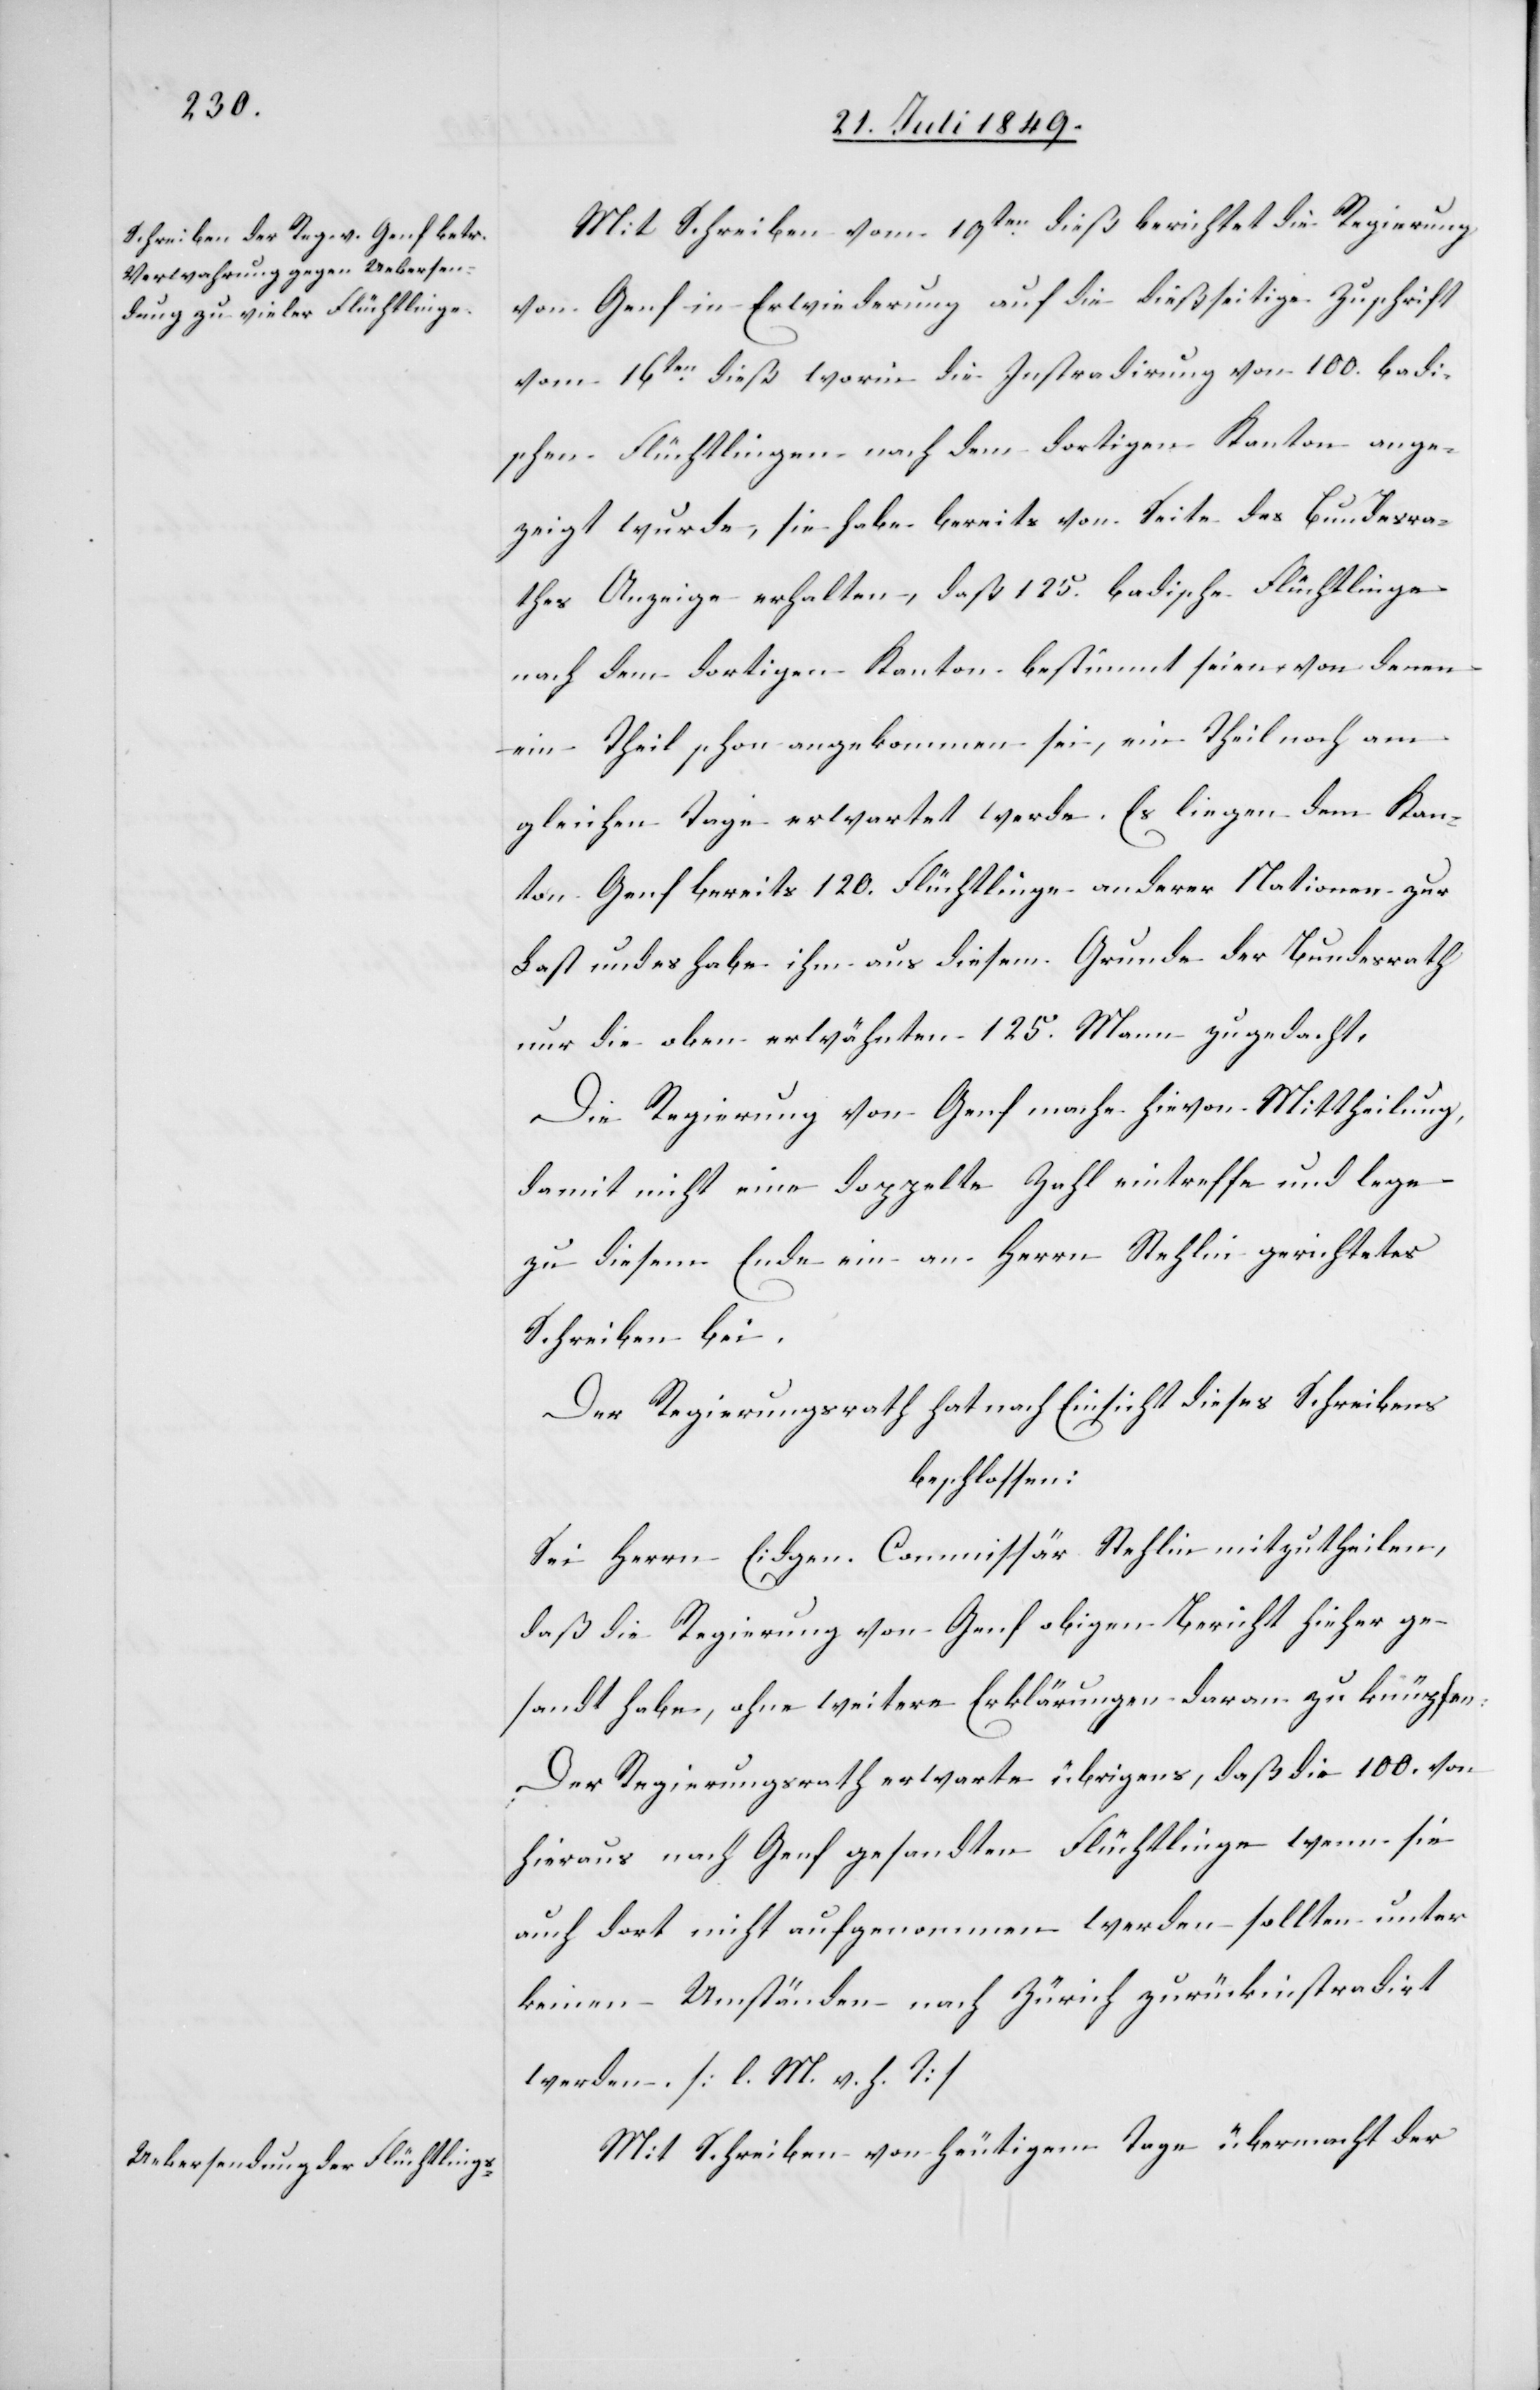
Mit Schreiben vom 19ten dieß berichtet die Regierung
von Genf in Erwiederung auf die dießseitige Zuschrift
vom 16ten dieß worin die Instradirung von 100. badi¬
schen Flüchtlingen nach dem dortigen Kanton ange¬
zeigt wurde, sie habe bereits von Seite des Bundesra¬
thes Anzeige erhalten, daß 125. badische Flüchtlinge
nach dem dortigen Kanton bestimmt seien von denen
ein Theil schon angekommen sei, ein Theil noch am
gleichen Tage erwartet werde. Es liegen dem Kan¬
ton Genf bereits 120. Flüchtlinge anderer Nationen zur
Last und es habe ihm aus diesem Grunde der Bundesrath
nur die oben erwähnten 125. Mann zugedacht.
Die Regierung von Genf mache hievon Mittheilung,
damit nicht eine doppelte Zahl eintreffe und lege
zu diesem Ende ein an Herrn Stehlin gerichtetes
Schreiben bei.
Der Regierungsrath hat nach Einsicht dieses Schreibens
beschlossen:
Sei Herrn Eidgen. Commissär Stehlin mitzutheilen,
daß die Regierung von Genf obigen Bericht hieher ge¬
sandt habe, ohne weitere Erklärungen daran zu knüpfen:
Der Regierungsrath erwarte übrigens, daß die 100. von
hieraus nach Genf gesandten Flüchtlinge wenn sie
auch dort nicht aufgenommen werden sollten unter
keinen Umständen nach Zürich zurückinstradirt
werden. [l. M. v. h. T]
Mit Schreiben vom heutigem Tage übermacht der